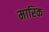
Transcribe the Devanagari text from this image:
मारिक